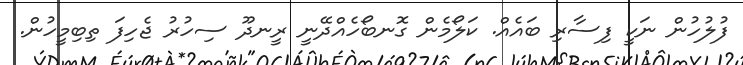
ފުލުހުން ނަކީ ފިސާރި ބައެއް. ކަލޯމެން ގޮނބޯހެއްދޭނީ ރީނދޫ ސިހުރު ޖެހިފަ ތިބިމީހުން.